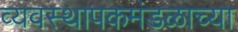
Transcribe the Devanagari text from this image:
व्यवस्थापकमंडळाच्या